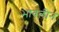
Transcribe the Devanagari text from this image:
भावलीन